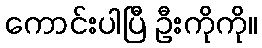
ကောင်းပါပြီ ဦးကိုကို။